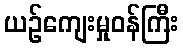
ယဉ်ကျေးမှုဝန်ကြီး